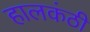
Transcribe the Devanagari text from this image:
हालकंठी